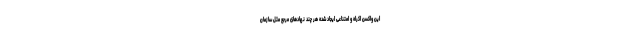
این واکسن اکراه و امتناعی ایجاد شده هر چند نهادهای مرجع مثل سازمان